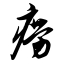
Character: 痨